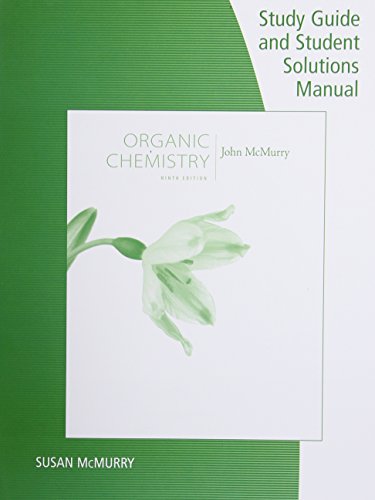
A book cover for Study Guide with Student Solutions Manual for McMurry's Organic Chemistry, 9th; John E. McMurry; Science & Math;